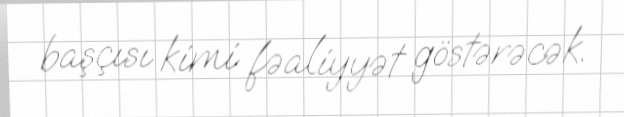
başçısı kimi fəaliyyət göstərəcək.